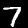
Label: 7